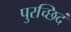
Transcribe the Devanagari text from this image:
पुरच्छिदं